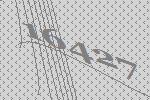
16427